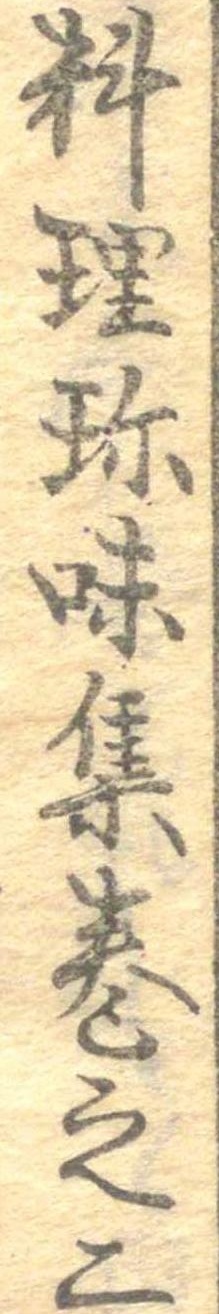
料理珍味集巻之二